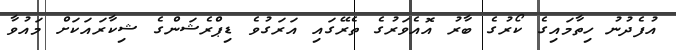
އުފެދުނު ހިތާމައިގެ ކޯރުގެ ބާރު އޮއެވަރުގެ ތެރޭގައި އަރަގުވެ ޑިޕްރެޝަންގެ ޝިކާރައަކަށް މައުވާ